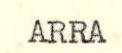
ARRA